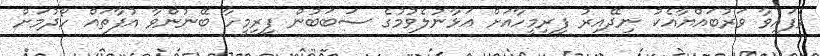
ވެފައިވާ ވަރުބައްޔާއެކު ނިދޭއިރު ފިރިމީހާއަށް އަޅާނުލެވުމުގެ ސަބަބުން ފިރިމީހާ ބޭނުންވާ އުފާތައް ހޯދުމަށް